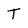
Character: T